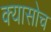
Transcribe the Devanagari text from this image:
क्यासोच